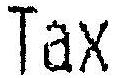
TAX